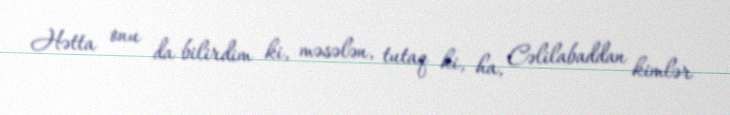
Hətta onu da bilirdim ki, məsələn, tutaq ki, ha, Cəlilabaddan kimlər